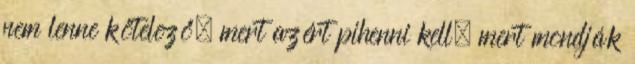
nem lenne kötelező, mert azért pihenni kell, mert mondják